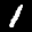
Label: 1